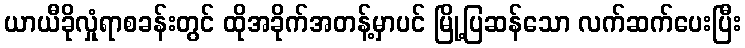
ယာယီခိုလှုံရာစခန်းတွင် ထိုအခိုက်အတန့်မှာပင် မြို့ပြဆန်သော လက်ဆက်ပေးပြီး